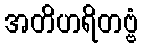
အတိဟရိတဗ္ဗံ